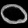
Digit: ၀